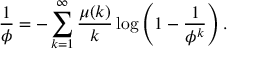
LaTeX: { \frac { 1 } { \phi } } = - \sum _ { k = 1 } ^ { \infty } { \frac { \mu ( k ) } { k } } \log \left( 1 - { \frac { 1 } { \phi ^ { k } } } \right) .